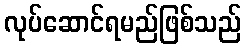
လုပ်ဆောင်ရမည်ဖြစ်သည်